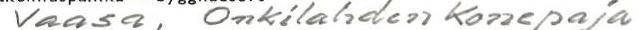
Vaasa, Onkilahden Konepaja